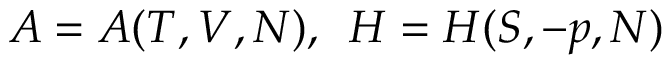
A = A ( T , V , N ) , \enspace H = H ( S , - p , N )